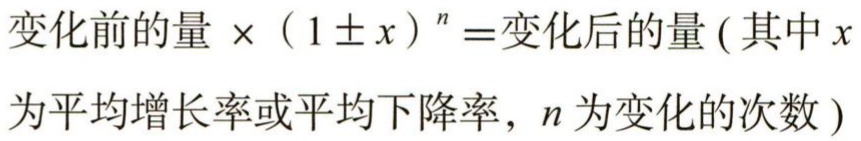
变化前的量 \(\times(1\pm x)^{n} =\)变化后的量 ( 其中 \(x\) 为平均增长率或平均下降率, \(n\) 为变化的次数 )